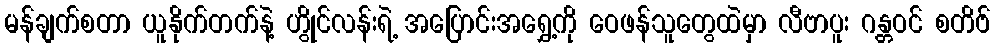
မန်ချက်စတာ ယူနိုက်တက်နဲ့ ဟွိုင်လန်းရဲ့ အပြောင်းအရွှေ့ကို ဝေဖန်သူတွေထဲမှာ လီဗာပူး ဂန္တဝင် စတိဗ်